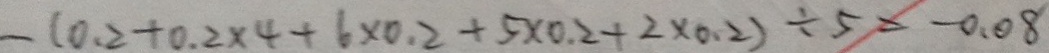
- ( 0 . 2 + 0 . 2 \times 4 + 6 \times 0 . 2 + 5 \times 0 . 2 + 2 \times 0 . 2 ) \div 5 = - 0 . 0 8